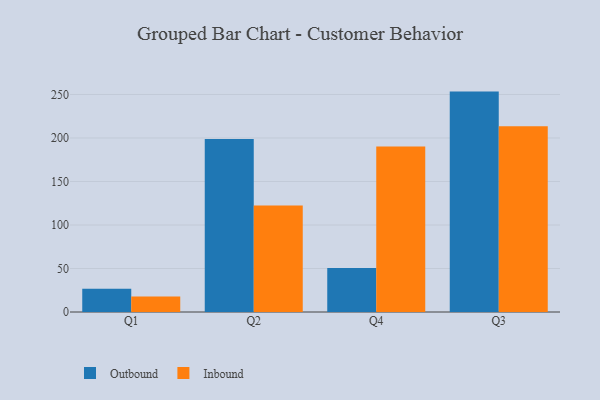
{"axis": {"x": "Quarter", "y": "Active Users"}, "legend": ["Inbound", "Outbound"], "data": [{"x": "Q1", "y": 26.7, "type": "Outbound"}, {"x": "Q1", "y": 17.9, "type": "Inbound"}, {"x": "Q2", "y": 198.7, "type": "Outbound"}, {"x": "Q2", "y": 122.3, "type": "Inbound"}, {"x": "Q4", "y": 50.5, "type": "Outbound"}, {"x": "Q4", "y": 190.3, "type": "Inbound"}, {"x": "Q3", "y": 253.3, "type": "Outbound"}, {"x": "Q3", "y": 213.6, "type": "Inbound"}]}